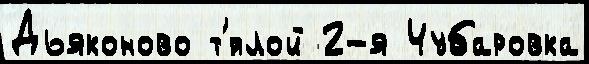
Дьяконово т'́плой 2-я Чубаровка